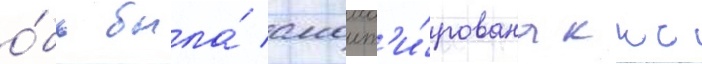
о́бь была́ смонт'и́рована ккс